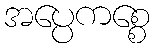
အပ္ပေကစ္စေ